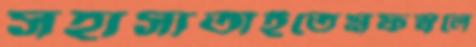
সহাস্যতাইতেমফস্বলে